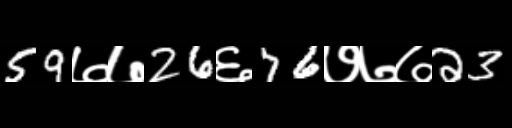
Text: 59७७26६76७७७23